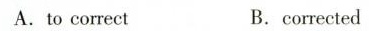
A. to correct B.corrected